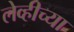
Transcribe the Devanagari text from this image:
लेव्हीच्या